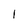
Character: I